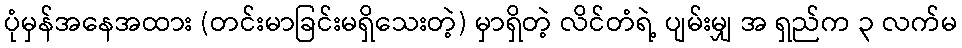
ပုံမှန်အနေအထား (တင်းမာခြင်းမရှိသေးတဲ့) မှာရှိတဲ့ လိင်တံရဲ့ ပျမ်းမျှ အ ရှည်က ၃ လက်မ